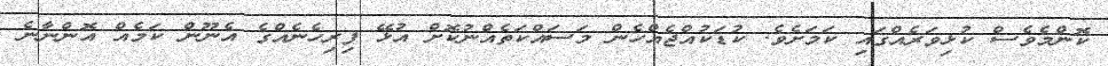
ކޮންމެވެސް ކުޅިވަރެއްގައި ކަމަށެވެ. ކުޑަކުއްޖެއްހެން މަސައްކަތެއްނުކޮށް އުޅޭ ފިރިހެނެއްގެ އެނޫން ކަމެއް އޮންނާނެ